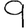
Digit: 9